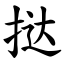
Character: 挞